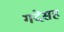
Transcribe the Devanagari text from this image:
गदेसह